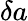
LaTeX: \mathbf\delta a